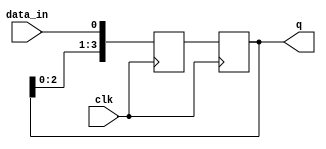
module SIPO_shift_register (
    input data_in,
    input clk,
    output reg [3:0] q
);

reg [3:0] next_q;

always @(posedge clk) begin
    next_q[0] <= data_in;
    next_q[1] <= q[0];
    next_q[2] <= q[1];
    next_q[3] <= q[2];
end

always @(posedge clk) begin
    q <= next_q;
end

endmodule